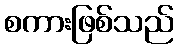
စကားဖြစ်သည်